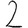
Digit: 2